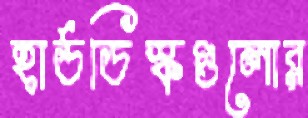
হার্ডডিস্কগুলোর